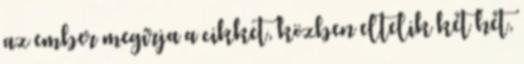
az ember megírja a cikket, közben eltelik két hét,